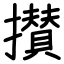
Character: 攅